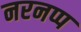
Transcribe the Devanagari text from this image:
नरनप्प